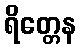
ရိတ္တေန